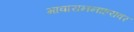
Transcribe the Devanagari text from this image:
मावाराननाहरावर